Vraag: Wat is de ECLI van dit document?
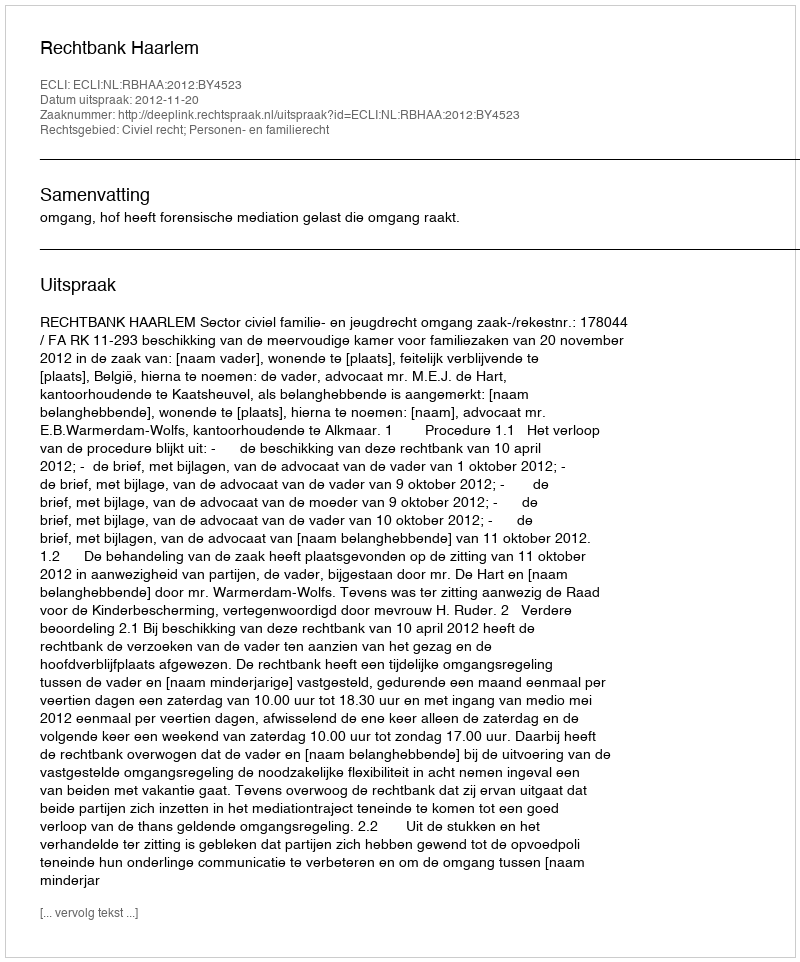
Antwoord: ECLI:NL:RBHAA:2012:BY4523